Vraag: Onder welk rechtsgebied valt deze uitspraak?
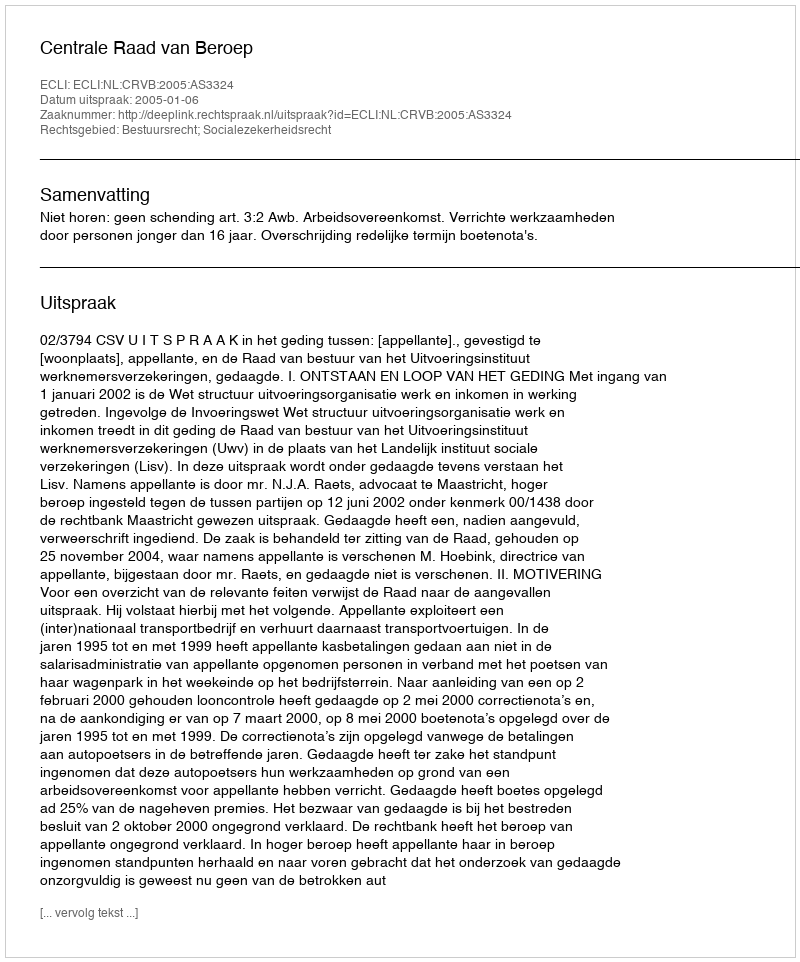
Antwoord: Bestuursrecht; Socialezekerheidsrecht